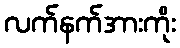
လက်နက်အားကိုး